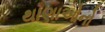
થાણાઓનો